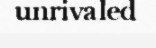
unrivaled